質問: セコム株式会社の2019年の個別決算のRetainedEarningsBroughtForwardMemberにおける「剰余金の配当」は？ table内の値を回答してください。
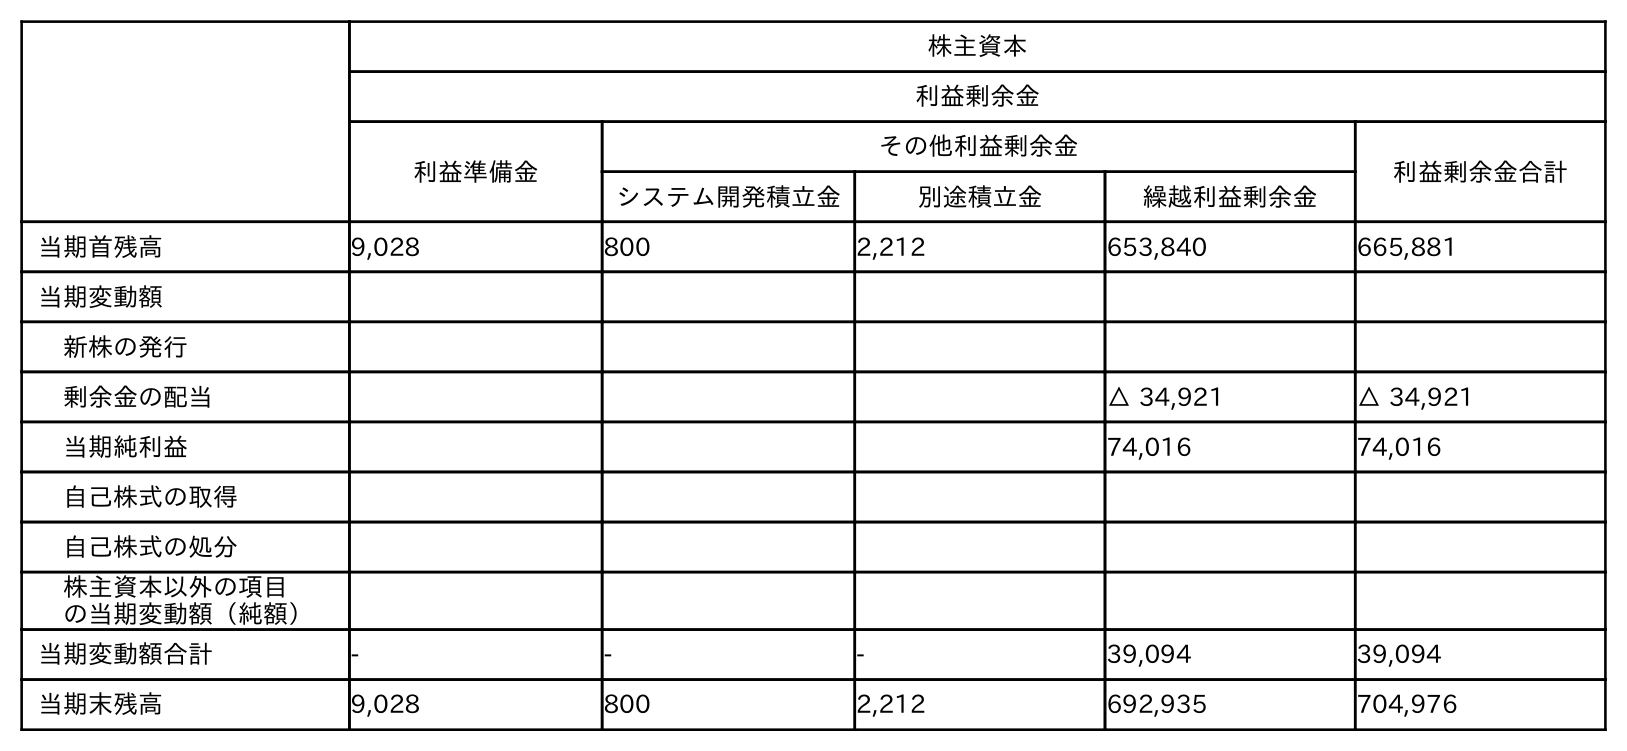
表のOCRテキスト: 株主資本 利益剰余金 利益準備金 その他利益剰余金 利益剰余金合計 システム開発積立金 別途積立金 繰越利益剰余金 当期首残高 9,028 800 2,212 653,840 665,881 当期変動額 新株の発行 剰余金の配当 △ 34,921 △ 34,921 当期純利益 74,016 74,016 自己株式の取得 自己株式の処分 株主資本以外の項目 の当期変動額（純額） 当期変動額合計 - - - 39,094 39,094 当期末残高 9,028 800 2,212 692,935 704,976
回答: △34,921